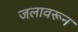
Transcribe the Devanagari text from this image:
जलावरून